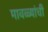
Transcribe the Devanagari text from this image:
मावळ्यांची